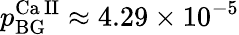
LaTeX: p_{\mathrm{BG}}^{\mathrm{Ca\, II}}\approx 4.29\times 10^{-5}